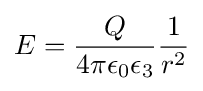
E={\frac {Q}{4\pi \epsilon _{0}\epsilon _{3}}}{\frac {1}{r^{2}}}